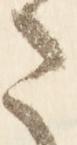
さ